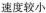
速度较小